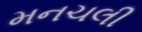
મનચલી